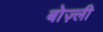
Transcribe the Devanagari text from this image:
बोज़्ली